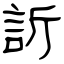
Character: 訢